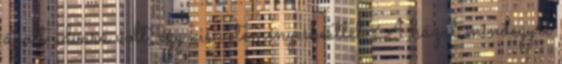
ápolt udvara volt, egy kis veteményeskerttel. A házat mindegyre